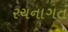
રચનાગત